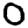
Digit: 0